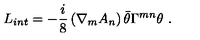
L _ { i n t } = - \frac { i } { 8 } \left( { \nabla } _ { m } { A _ { n } } \right) \bar { \theta } { \Gamma } ^ { m n } { \theta } \ .